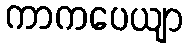
ကာကပေယျာ